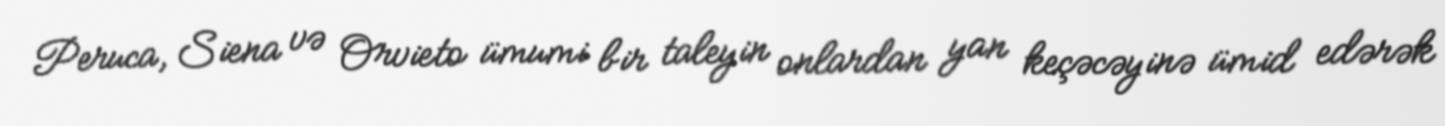
Peruca, Siena və Orvieto ümumi bir taleyin onlardan yan keçəcəyinə ümid edərək